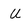
Character: U